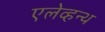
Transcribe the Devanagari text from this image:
एलेव्हन्थ